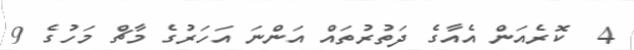
4  ކޮރެއަން އެއާގެ ދަތުރުތައް އަންނަ އަހަރުގެ މާޗް މަހުގެ 9